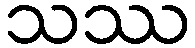
သဿ